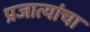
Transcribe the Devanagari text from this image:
प्रजात्यांचा